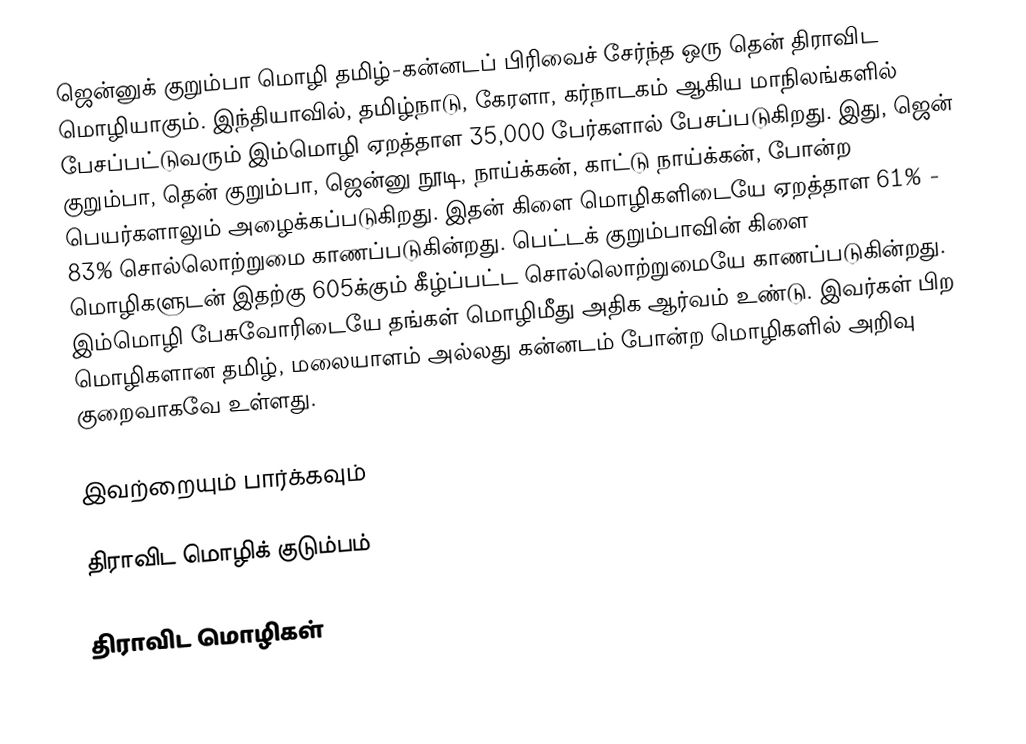
ஜென்னுக் குறும்பா மொழி தமிழ்-கன்னடப் பிரிவைச் சேர்ந்த ஒரு தென் திராவிட மொழியாகும். இந்தியாவில், தமிழ்நாடு, கேரளா, கர்நாடகம் ஆகிய மாநிலங்களில் பேசப்பட்டுவரும் இம்மொழி ஏறத்தாள 35,000 பேர்களால் பேசப்படுகிறது. இது, ஜென் குறும்பா, தென் குறும்பா, ஜென்னு நூடி, நாய்க்கன், காட்டு நாய்க்கன், போன்ற பெயர்களாலும் அழைக்கப்படுகிறது.   இதன் கிளை மொழிகளிடையே ஏறத்தாள 61% - 83% சொல்லொற்றுமை காணப்படுகின்றது. பெட்டக் குறும்பாவின் கிளை மொழிகளுடன் இதற்கு 605க்கும் கீழ்ப்பட்ட சொல்லொற்றுமையே காணப்படுகின்றது. இம்மொழி பேசுவோரிடையே தங்கள் மொழிமீது அதிக ஆர்வம் உண்டு. இவர்கள் பிற மொழிகளான தமிழ், மலையாளம் அல்லது கன்னடம் போன்ற மொழிகளில் அறிவு குறைவாகவே உள்ளது.

இவற்றையும் பார்க்கவும்

 திராவிட மொழிக் குடும்பம்

திராவிட மொழிகள்